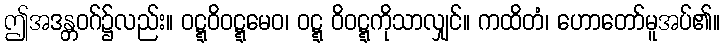
ဤအဒန္တဝဂ်၌လည်း။ ဝဋ္ဋဝိဝဋ္ဋမေဝ၊ ဝဋ္ဋ ဝိဝဋ္ဋကိုသာလျှင်။ ကထိတံ၊ ဟောတော်မူအပ်၏။